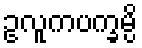
ဥလူကပက္ခမ္ပိ